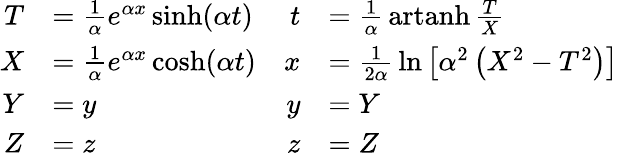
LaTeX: {\begin{array}{cc}{{\begin{array}{rl}{T}&{={\frac{1}{\alpha}}e^{\alpha x}\sinh(\alpha t)}\\ {X}&{={\frac{1}{\alpha}}e^{\alpha x}\cosh(\alpha t)}\\ {Y}&{=y}\\ {Z}&{=z}\end{array}}}&{{\begin{array}{rl}{t}&{={\frac{1}{\alpha}}\operatorname{artanh}{\frac{T}{X}}}\\ {x}&{={\frac{1}{2\alpha}}\ln\left[\alpha^{2}\left(X^{2}-T^{2}\right)\right]}\\ {y}&{=Y}\\ {z}&{=Z}\end{array}}}\end{array}}